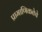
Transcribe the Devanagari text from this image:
प्रामाणिकतेचे